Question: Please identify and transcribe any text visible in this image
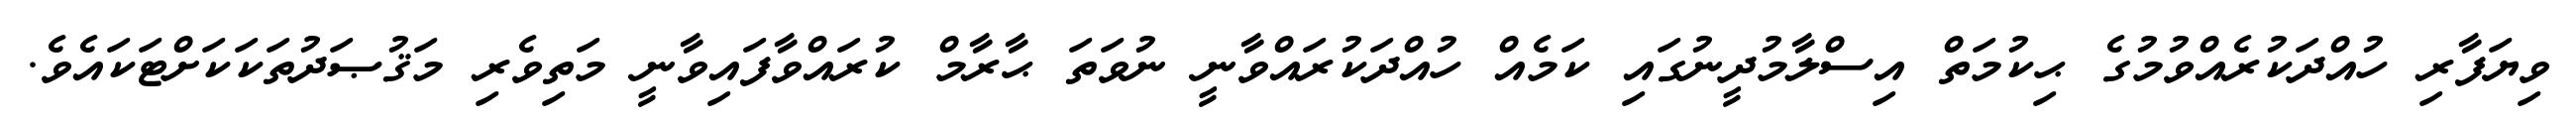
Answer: ވިޔަފާރި ހުއްދަކުރެއްވުމުގެ ޙިކުމަތް އިސްލާމުދީނުގައި ކަމެއް ހުއްދަކުރައްވާނީ ނުވަތަ ޙާރާމް ކުރައްވާފައިވާނީ މަތިވެރި މަޤުޞަދުތަކަކަށްޓަކައެވެ.